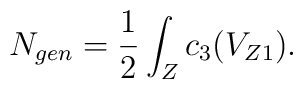
N_{gen} = \frac{1}{2} \int_{Z} c_{3}(V_{Z1}).